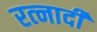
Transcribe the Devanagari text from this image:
रत्‍नादी